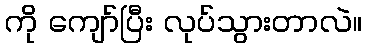
ကို ကျော်ပြီး လုပ်သွားတာလဲ။